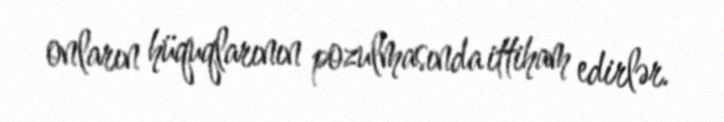
onların hüquqlarının pozulmasında ittiham edirlər.